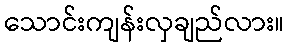
သောင်းကျန်းလှချည်လား။